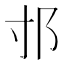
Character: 𨙯